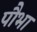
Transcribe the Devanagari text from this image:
पौभा